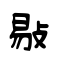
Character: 敡